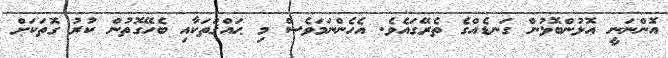
އޮންނަނީ އޮޅުންބޮޅުން ގަނޑެއްގެ ތެރޭގައެވެ. އެހެންނަމަވެސް މި ޙައްޤުަތަކާއި ބެހޭގޮތުން ކުރު ގޮތަކަށް